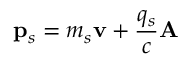
\mathbf { p } _ { s } = m _ { s } \mathbf { v } + \frac { q _ { s } } { c } \mathbf { A }